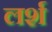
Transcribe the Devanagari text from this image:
लर्श